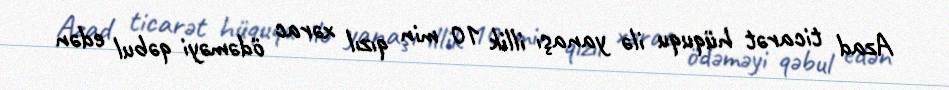
Azad ticarət hüququ ilə yanaşı illik 10 min qızıl xərac ödəməyi qəbul edən